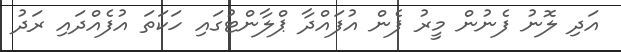
އަދި ލޮނު ފެނުން މީރު ފެން އުފައްދާ ޕްލާންޓުގައި ހަކަތަ އުފެއްދައި ރަދު